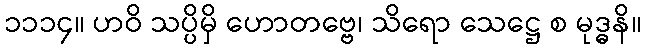
၁၁၁၄။ ဟဝိ သပ္ပိမှိ ဟောတဗ္ဗေ၊ သိရော သေဋ္ဌေ စ မုဒ္ဓနိ။